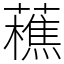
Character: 藮